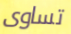
تساوى